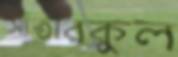
সাঁতারকুল